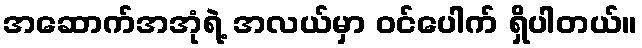
အဆောက်အအုံရဲ့ အလယ်မှာ ဝင်ပေါက် ရှိပါတယ်။